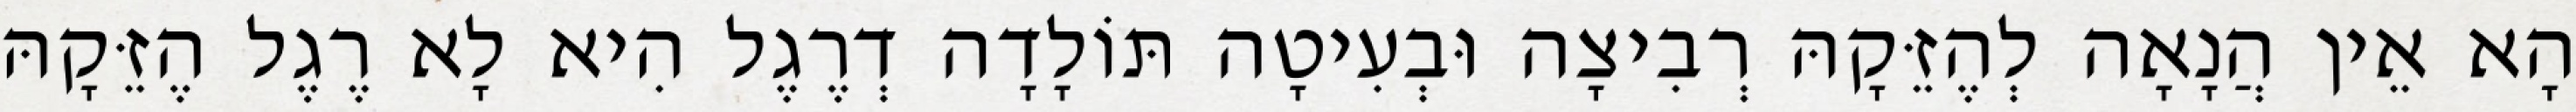
הָא אֵין הֲנָאָה לְהֶזֵּקָהּ רְבִיצָה וּבְעִיטָה תּוֹלָדָה דְרֶגֶל הִיא לָא רֶגֶל הֶזֵּקָהּ